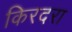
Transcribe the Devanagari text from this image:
किरदरा